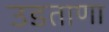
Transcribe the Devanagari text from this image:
उडताणा